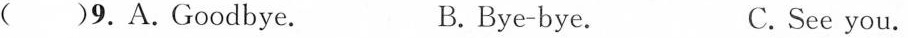
( )9.A.Goodbye. B.Bye-bye. C. See you.